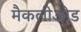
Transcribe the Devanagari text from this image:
मैकलीओड